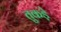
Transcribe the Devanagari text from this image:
तुकड़े